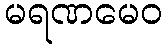
မရဏမေဝ